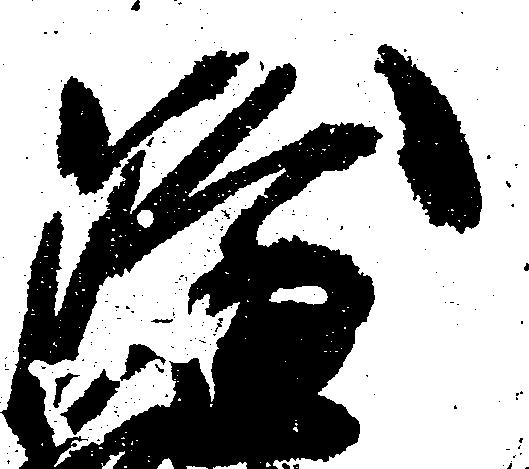
隆